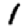
Digit: 1